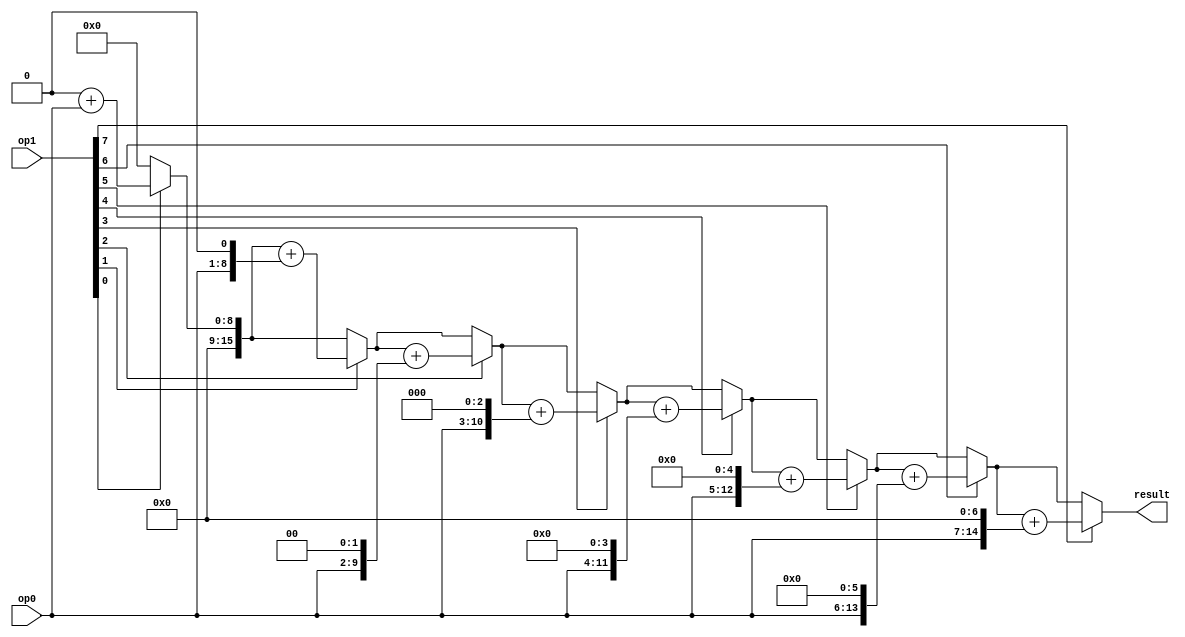
`timescale 1ns / 1ps
//////////////////////////////////////////////////////////////////////////////////
// Company: 
// Engineer: 
// 
// Design Name: 
// Module Name: mult_for
// Project Name: 
// Target Devices: 
// Tool Versions: 
// Description: 
// 
// Dependencies: 
// 
// Revision:
// Revision 0.01 - File Created
// Additional Comments:
// 
//////////////////////////////////////////////////////////////////////////////////


 module mult_for  
      (
        input [8:1] op0,
        input [8:1] op1,
		output reg [16:1] result 
     );
      integer i;
      always @*  
begin
  result = 0;
  for(i=1;i<=8;i=i+1)
	  if(op1[i])
        result = result + (op0 << (i-1));
      end
  endmodule